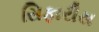
સિફારીસ